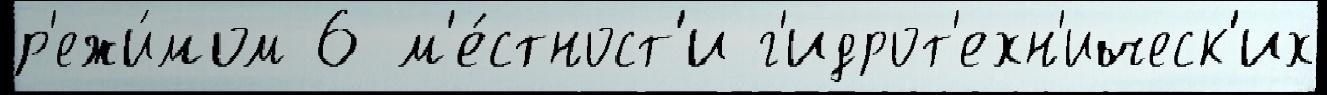
р'ежи́мом 6 м'е́стност'и г'идрот'ехн'ическ'их